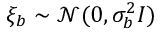
\xi _ { b } \sim \mathcal { N } ( 0 , \sigma _ { b } ^ { 2 } I )